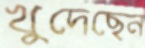
খুদেছেন